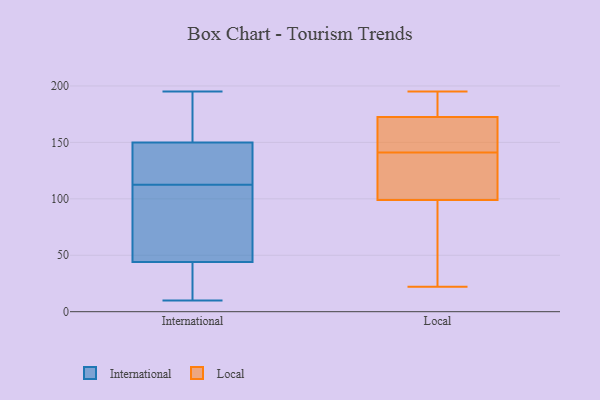
{"axis": {"x": "Headcount", "y": "Value"}, "legend": ["International", "Local"], "data": [{"x": "", "y": 34, "type": "International"}, {"x": "", "y": 195, "type": "International"}, {"x": "", "y": 54, "type": "International"}, {"x": "", "y": 176, "type": "International"}, {"x": "", "y": 109, "type": "International"}, {"x": "", "y": 10, "type": "International"}, {"x": "", "y": 104, "type": "International"}, {"x": "", "y": 167, "type": "International"}, {"x": "", "y": 124, "type": "International"}, {"x": "", "y": 116, "type": "International"}, {"x": "", "y": 133, "type": "International"}, {"x": "", "y": 18, "type": "International"}, {"x": "", "y": 155, "type": "Local"}, {"x": "", "y": 91, "type": "Local"}, {"x": "", "y": 133, "type": "Local"}, {"x": "", "y": 149, "type": "Local"}, {"x": "", "y": 156, "type": "Local"}, {"x": "", "y": 189, "type": "Local"}, {"x": "", "y": 130, "type": "Local"}, {"x": "", "y": 30, "type": "Local"}, {"x": "", "y": 107, "type": "Local"}, {"x": "", "y": 22, "type": "Local"}, {"x": "", "y": 194, "type": "Local"}, {"x": "", "y": 195, "type": "Local"}]}